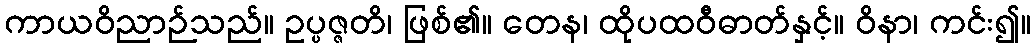
ကာယဝိညာဉ်သည်။ ဥပ္ပဇ္ဇတိ၊ ဖြစ်၏။ တေန၊ ထိုပထဝီဓာတ်နှင့်။ ဝိနာ၊ ကင်း၍။